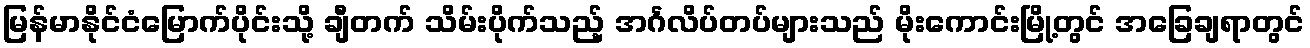
မြန်မာနိုင်ငံမြောက်ပိုင်းသို့ ချီတက် သိမ်းပိုက်သည့် အင်္ဂလိပ်တပ်များသည် မိုးကောင်းမြို့တွင် အခြေချရာတွင်